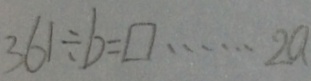
3 6 1 \div b = \square \cdots 2 a